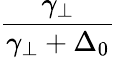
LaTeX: \frac{\gamma_{\perp}}{\gamma_{\perp}+\Delta_{0}}